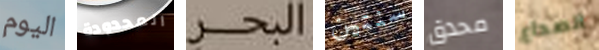
اليوم المحدودة البحر سنتين محدق الصداع